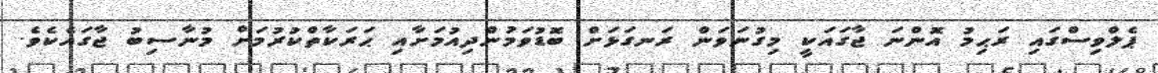
ޕެލްވިސްގައި ރަޙިމު އޮންނަ ޖާގައަކީ މިގުނަވަން ރަނގަޅަށް ބޮޑުވަމުންދިއުމަށާއި ޙަރަކާތްކުރުމަށް މުނާސިބު ޖާގައެކެވެ.